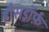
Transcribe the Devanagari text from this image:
हौसड्रॉर्फ़